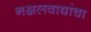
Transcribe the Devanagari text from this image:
नक्षलवाद्यांचा